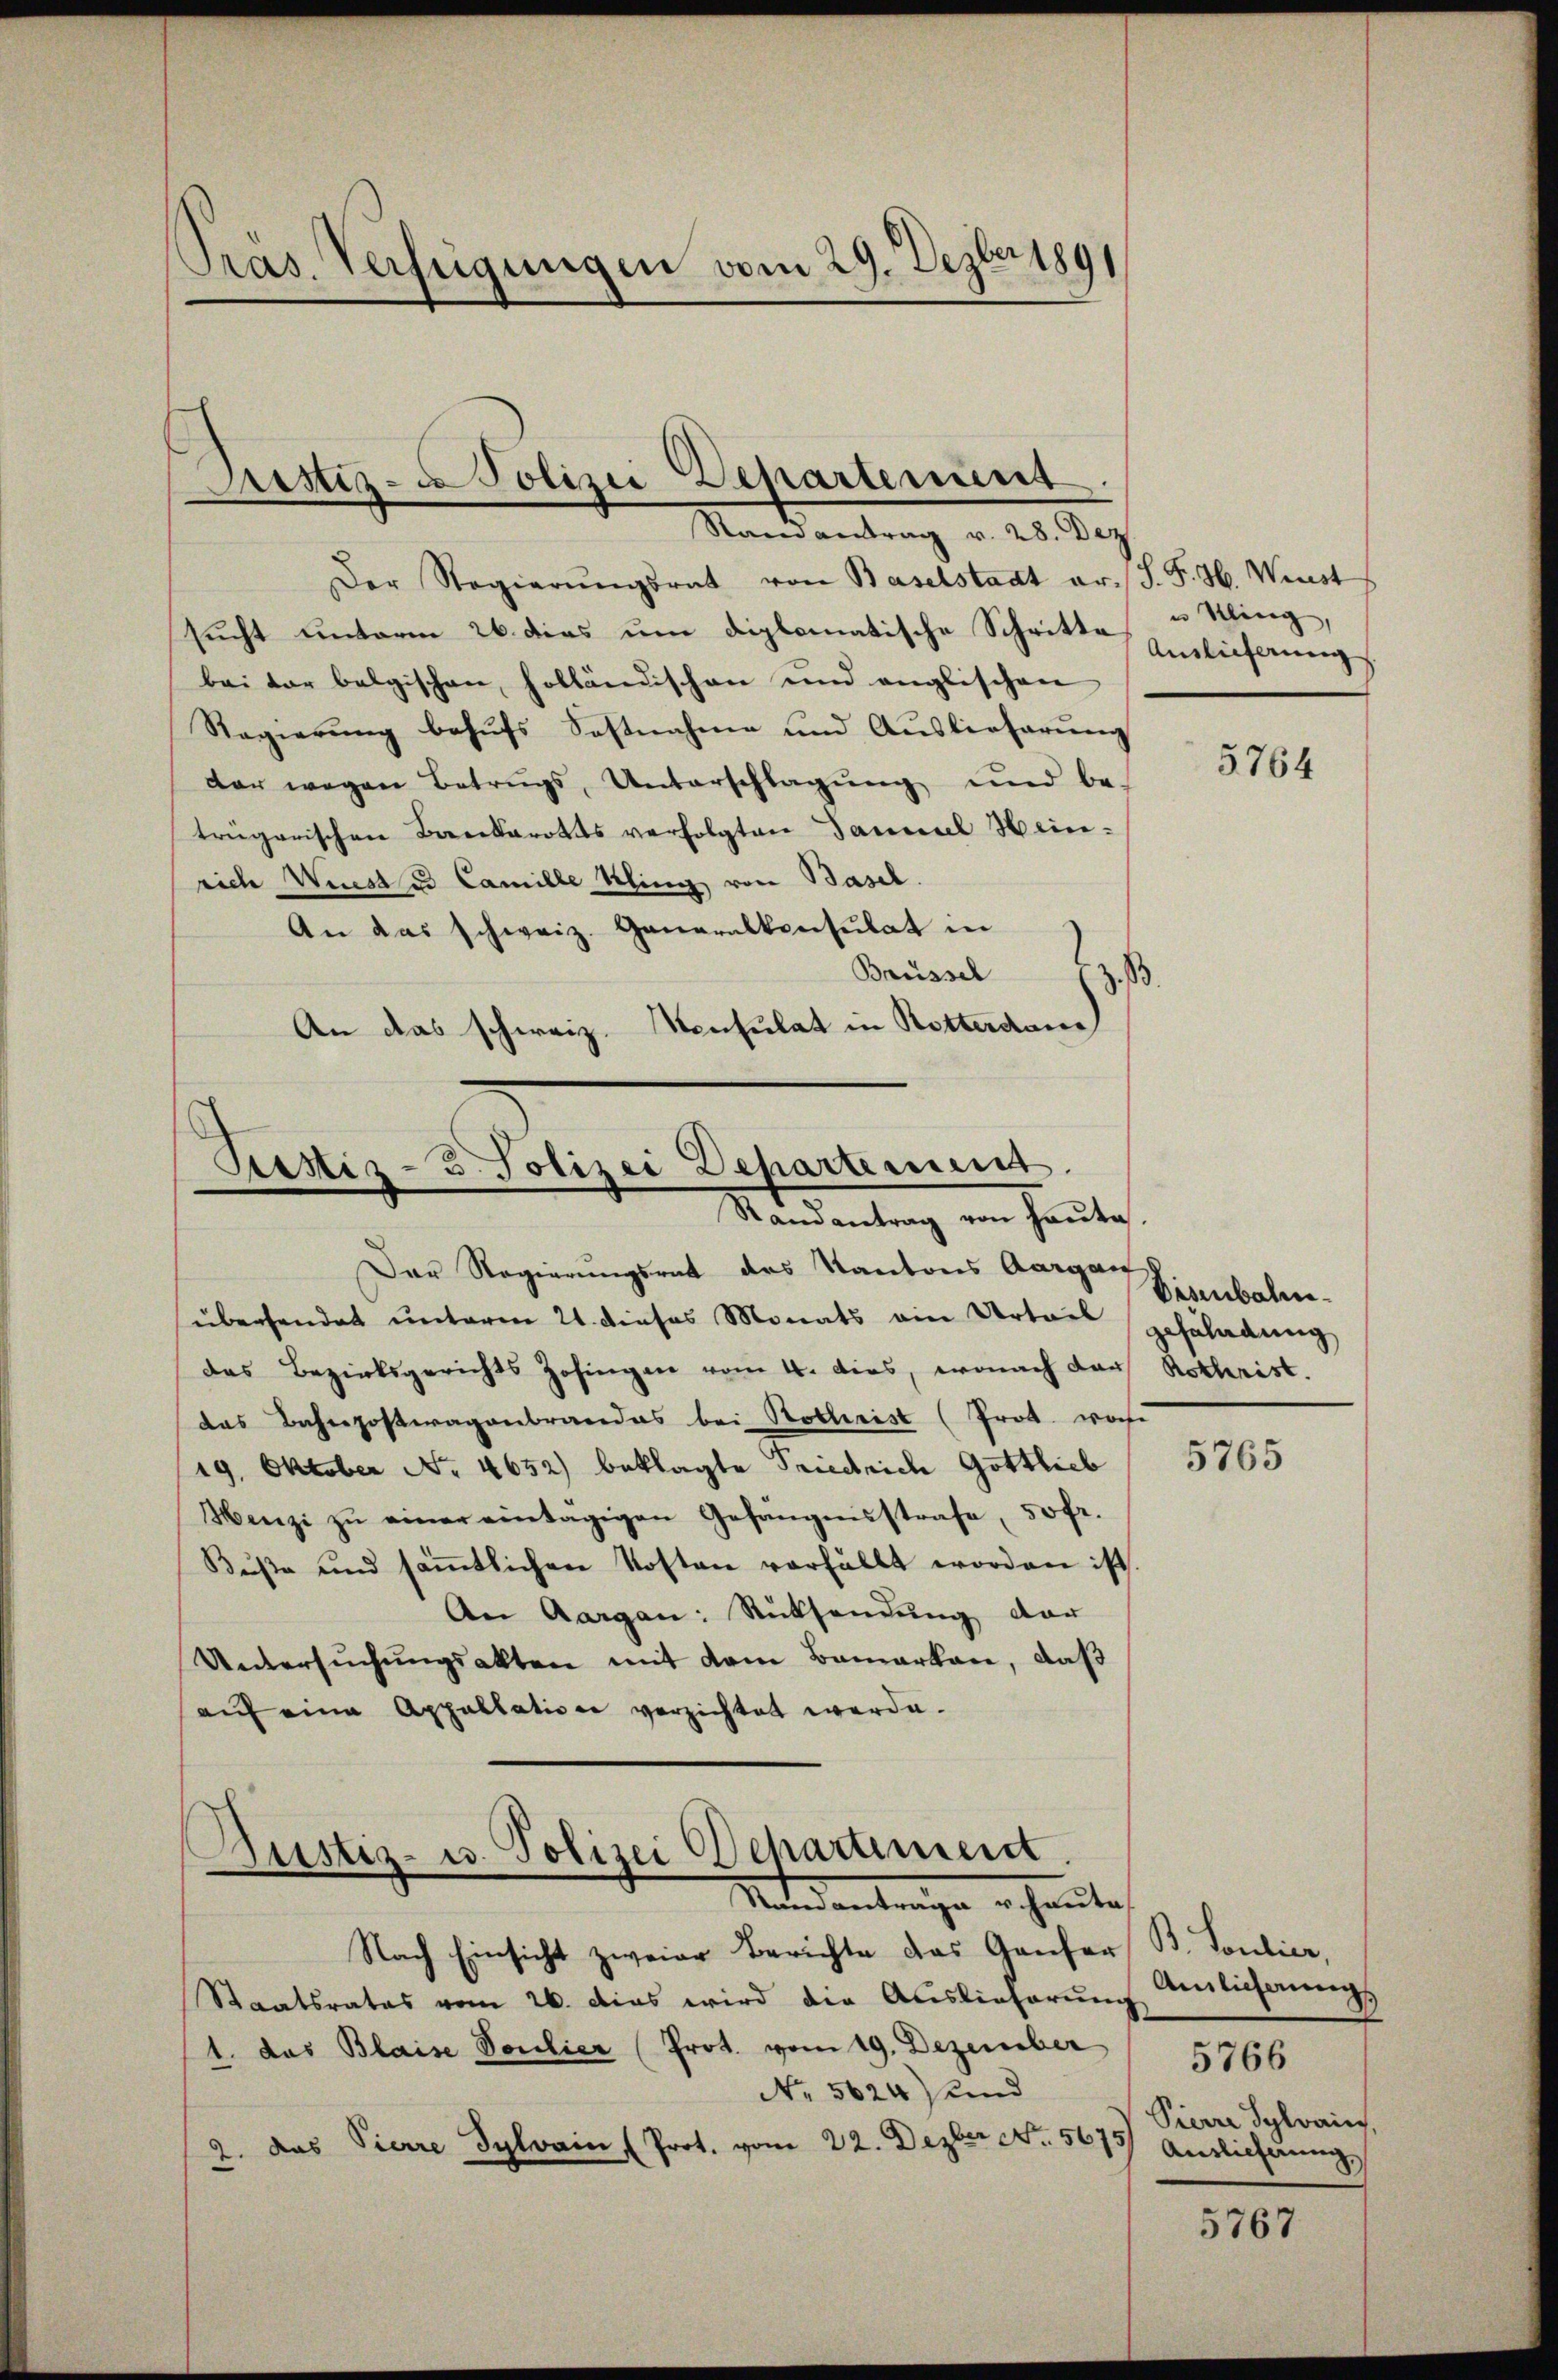
Pras. Verfügungen vom 29. Dezber 1891

Aristiz- & Polizei Departement
Randantrag v. 28. Dez.

Der Regierŭngsrat von Baselstadt er. S. F. H. Winst
sucht unterm 26. dies um diplomatische Schritt einlicherung
bei der belgischen, holländischen und anglischen
Regierung behufs Sostnahme und Auslieferung
dar wegen Betrugs, Unterschlagung und be-
trägerischen Barbarotts verfolgten Samuel Heinrich Winst u. Camille Kling von Basel.
An das schweiz. Generalkonsulat in
Baüssel
z. B.
An das schweiz. Konsulat in Rotterdan

Piustiz- & Polizei Dehartement.
Mandantung von heute,

Bustiz- u. Polizei Departiment
Nater antrage erhalten,

Nach Einsicht zweier Berichte des Genfer B. Toulier,
Staatsrates vom 26. dies wird die Auslieferung Amlicherungs
1. das Blaise Vorlier (Prot. vom 19. Dezember
No 5624) und
2. Das Pierre Sylvain (Prot. vom 22. Dezber No. 5675)

Der Regierungsrat des Kantons Aargau
überhandet unterm 21. dieses Monats ein Urteil
das Bezirksgerichts Zofingen vom 4. dies, wonach der Rothrist.
das Bahnpostwagenbrandas bei Rothrist (Prot. wohe
19. Oktober No. 4652) beklagte Friedrich Gottlieb
Henzi zu einer eintägigen Gefängnisstrafe, 50fr.
Bŭβe und säṁtlichen Kosten verfällt worden ist.
An Aargau: Rücksendung der
Untersuchungsakten mit dem Bamarkan, daß
auf eine Appellation verzichtet werde.

u Kling,

5764

Eisenbahn.
gefährdung

5765

5766
Pierre Sylvain,
Auslieferung,

5767